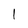
Character: I